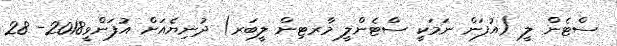
ސްޓެން ލީ (އުފަން ނަމަކީ ސްޓެންލީ މާރޓިން ލީބަރ) ދުނިޔެއަށް އުފަންވީ2018- 28